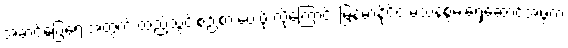
အဆင်ပြေရေးအတွက် ထည့်သွင်းစဉ်းစားပေးဖို့ လိုကြောင်း မြန်မာနိုင်ငံ မသန်စွမ်းရှေ့ဆောင်အဖွဲ့က